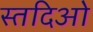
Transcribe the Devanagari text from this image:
स्तदिओ